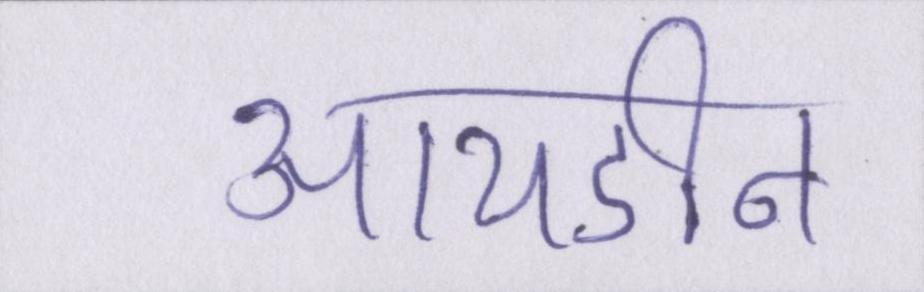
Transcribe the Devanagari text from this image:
आयडीन